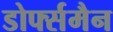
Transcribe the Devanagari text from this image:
डोर्फ्समैन